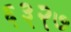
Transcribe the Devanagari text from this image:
६३२७